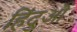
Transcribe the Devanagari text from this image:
हिंदुऒं